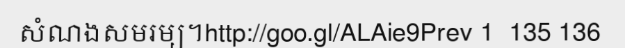
សំណងសមរម្យ។http://goo.gl/ALAie9Prev 1  135 136